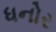
ધનોર